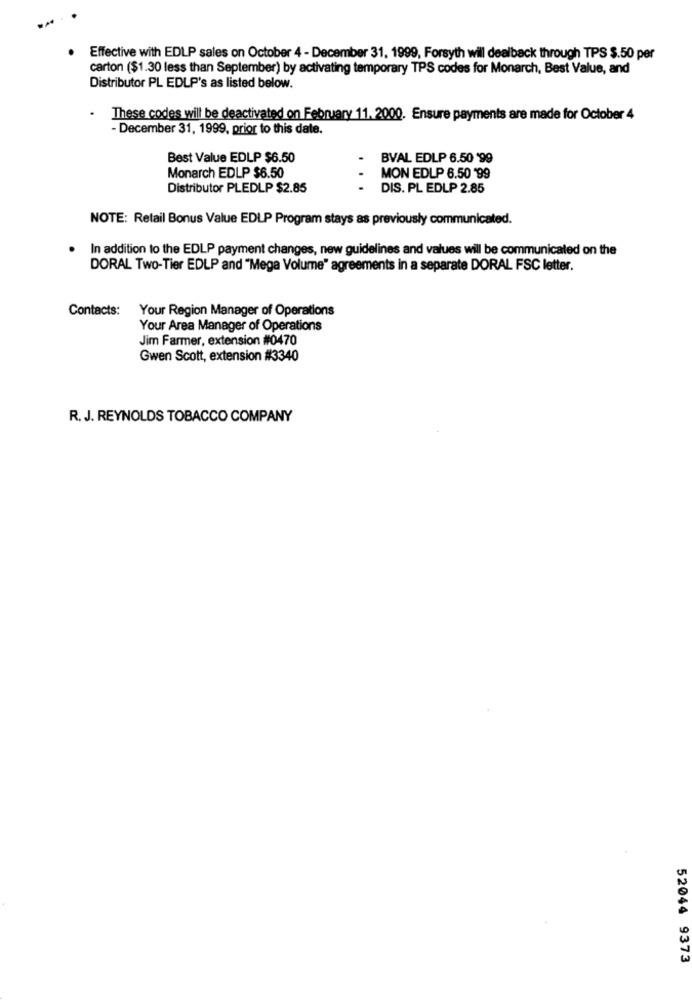
Effective with EDLP sales on October 4 - December 31, 1999, Forsyth will dealback through TPS $.50 per
carton ($1.30 less than September) by activating temporary TPS codes for Monarch, Best Value, and
Distributor PL EDLP's as listed below.
.
These codes will be deactivated on February 11. 2000. Ensure payments are made for October 4
- December 31, 1999, prior to this date.
Best Value EDLP $6.50
BVAL EDLP 6.50 '99
Monarch EDLP $6.50
MON EDLP 6.50 99
Distributor PLEDLP $2.85
DIS. PL EDLP 2.85
NOTE: Retail Bonus Value EDLP Program stays as previously communicated.
In addition to the EDLP payment changes, new guidelines and values will be communicated on the
DORAL Two-Tier EDLP and "Mega Volume" agreements in a separate DORAL FSC letter.
Contacts:
Your Region Manager of Operations
Your Area Manager of Operations
Jim Farmer, extension #0470
Gwen Scott, extension #3340
R. J. REYNOLDS TOBACCO COMPANY
52044 9373